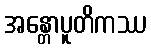
အန္တောပူတိကဿ